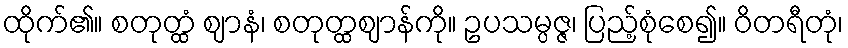
ထိုက်၏။ စတုတ္ထံ ဈာနံ၊ စတုတ္ထဈာန်ကို။ ဥပသမ္ပဇ္ဇ၊ ပြည့်စုံစေ၍။ ဝိတရီတုံ၊